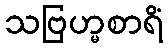
သဗြဟ္မစာရိံ